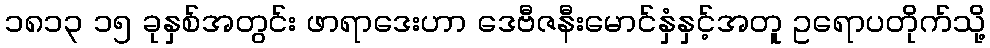
၁၈၁၃ ၁၅ ခုနှစ်အတွင်း ဖာရာဒေးဟာ ဒေဗီဇနီးမောင်နှံနှင့်အတူ ဥရောပတိုက်သို့